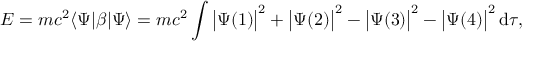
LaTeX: E = m c ^ { 2 } \langle \Psi | \beta | \Psi \rangle = m c ^ { 2 } \int { \big | } \Psi ( 1 ) { \big | } ^ { 2 } + { \big | } \Psi ( 2 ) { \big | } ^ { 2 } - { \big | } \Psi ( 3 ) { \big | } ^ { 2 } - { \big | } \Psi ( 4 ) { \big | } ^ { 2 } \, \mathrm { d } \tau ,